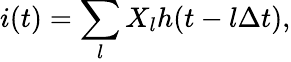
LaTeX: i(t)=\sum_{l}X_{l}h(t-l\Delta t),